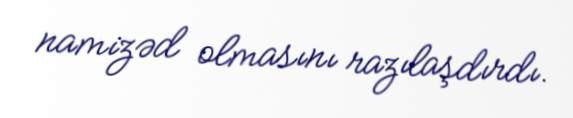
namizəd olmasını razılaşdırdı.